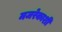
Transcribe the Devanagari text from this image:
मजरेकाशी